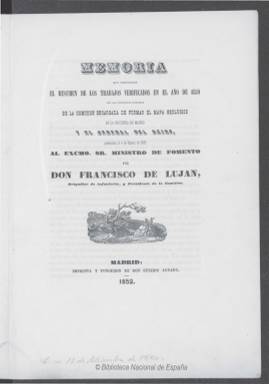
Título: Memoria que comprende el resumen de los trabajos verificados en el año de ... por las diferentes secciones de la Comisión encargada de formar el mapa geológico de la provincia de Madrid y el general del Reino
Otros títulos: Título: Memoria que comprende los trabajos verificados en el año de ... por las diferentes secciones de la Comisión encargada de formar el mapa geológico de la provincia de Madrid y el general del Reino, 1855 || Título de la anteportada: Memoria de la Comisión encargada de formar el mapa geológico, 1852
Colección: Ciencias || Anuarios e informes
Ámbito geográfico: Madrid
Lugar de publicación: Madrid
Fechas: 01/01/1850-31/12/1855

Por Real Decreto de 12 de julio de 1849 fue creada la Comisión para formar la carta geológica de la provincia de Madrid y general del reino, precursora del actual Instituto Geológico y Minero de España, cuyo primer presidente fue el ingeniero militar y político moderado Fermín Arteta y Sesma (1796-1880), quien en noviembre de ese mismo año sería reemplazado de su cargo por el ingeniero de Minas y brigadier de Infantería Francisco de Luján (1798-1867). La Comisión del Mapa Geológico de España será la institución española que a partir de 1850 emprenda de forma sistemática los trabajos descriptivos y cartográficos básicos españoles, que servirán para el desarrollo de la agricultura, la ejecución de las obras públicas o el conocimiento exhaustivo de la naturaleza española por parte de destacadísimos científicos españoles.

La comisión estará estructurada en secciones. La Geográfico-Meteorológica, encargada de las descripciones geográficas, físico-políticas y la elaboración de los datos climáticos y mapas topográficos, siendo su jefe el ingeniero de Caminos Canales y Puertos José Subercase y Jiménez (1812-1885); la Geológico-Paleontológica, dedicada a la descripción de la naturaleza de los terrenos y a la elaboración de relaciones geológicas, de fósiles y minerales y de planos geológicos, a cuyo frente se pondrá el ingeniero de minas Casiano de Prado (1797-1866); la Botánica, encargada de la identificación de las especies botánicas y la elaboración del mapa geobotánico, estando al frente de la misma el catedrático y director del Real Jardín Botánico de Madrid Vicente Cutanda y Jarauta (1804-1866); y la Zoológica, la sección encargada de identificar y describir las especies (vertebrados, aves, reptiles, anfibios, etc.) poniéndose al frente de la misma el naturalista y catedrático Mariano de la Paz Graells (1809-1898).

La memoria que comprende el resumen de los trabajos verificados ese primer año 1850 fue presentada por Luján al ministro de Fomento el cuatro de febrero de 1851 e impresa en 1852.
Es, por tanto, la primera de esta colección, que comienza con una introducción de su presidente y la descripción de los trabajos, divididos en cada una de las secciones de la comisión ya indicadas, que estarán referidos, en sus primeros años, principalmente a la circunscripción provincial madrileña. A continuación, la memoria da cuenta también de su estado de gastos y un informe de los mismos.

La memoria de 1851 también aparece impresa en 1852, y en ella se detallan, además, los trabajos de la nueva sección denominada Geológico-Mineralógica, al frente de la que se había puesto el ingeniero de Minas Rafael Amar de la Torre (1802-1874). También ofrece una serie de cuadros, como es un catálogo metódico de la fauna matritense y, al final, un grabado con el cuadro orográfico elaborado por el ya citado Subercase, que recoge los puntos de la divisoria entre el Tajo y el Duero.

La memoria de 1852 se imprime en 1853. Siguen presentándose los trabajos divididos en las correspondientes secciones de la comisión y, al final, además de un grabado de señales y de un mapa hidrográfico de Madrid, incluye -en color- el Mapa Geológico en bosquejo de la provincia de Madrid, trazado por Casiano de Prado.

La última memoria en la colección de la BNE corresponde a la del año 1855, impresa en 1858. La presenta ahora el inspector general de Minas Guillermo Schulz (1805-1877), que fue presidente de la comisión desde agosto de 1853 a abril de 1857. Siguiendo el mismo patrón que las anteriores, a cada sección se le añade ahora el nombre del encargado de cada una de ellas. Aparece la nueva sección Geológica del Este de España, cuyo vocal es el geólogo y paleontólogo Juan Vilanova y Piera (1821-1893); la Reseña de los trabajos practicados en la provincia de León, por Ignacio Gómez de Salazar, y el trabajo de la Sub-comisión Geológica del Reino de Valencia, a cargo del ingeniero de Minas Federico de Botella (1822-1899), entre otros; y, al final, una serie de láminas (algunas en color) del trabajo zoológico y unos croquis.

A partir de 1856, el Anuario Estadístico de España incluirá la Estadística Minera, y en 1859 la comisión quedará integrada en la Brigada Geológica de la Junta General de Estadística, brigada que será suprimida en 1868. En 1870, será creada una nueva Comisión del Mapa Geológico, cuya reorganización será decretada en marzo de 1873, que desde el año siguiente hasta el de 1910 publicará su boletín oficial, que forma también parte de la Hemeroteca Digital de la Biblioteca Nacional de España. Entre la bibliografía que puede ser consultada sobre la materia, se encuentran los estudios publicados por Isabel Rábano y Santiago Aragón o los de Jorge Ordaz.